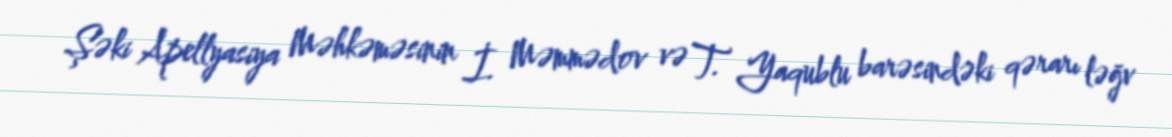
Şəki Apellyasiya Məhkəməsinin İ. Məmmədov və T. Yaqublu barəsindəki qərarı ləğv